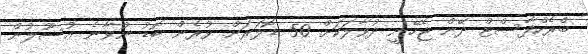
ބްރެކްފާސްޓް ދޭން ޖެހޭނީ ދުވާލަކަށް 50 ޑޮލަރަށް ވުރެން ބޮޑު ނުވާނެ އުސޫލުން